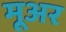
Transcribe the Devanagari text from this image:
मूअर